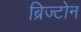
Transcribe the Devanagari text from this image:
ब्रिज्टोन